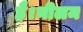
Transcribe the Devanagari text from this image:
है।नीलम